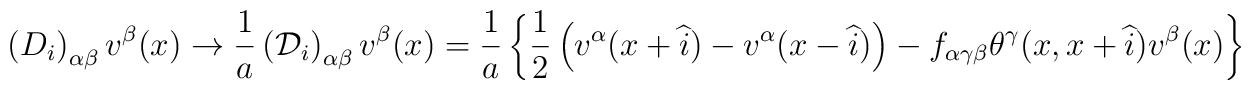
\left( D_i\right) _{\alpha \beta }v^\beta (x)\rightarrow \frac1a\left( {\cal D}_i\right) _{\alpha \beta }v^\beta (x)=\frac 1a\left\{ \frac12\left( v^\alpha (x+\widehat{i})-v^\alpha (x-\widehat{i})\right) -f_{\alpha\gamma \beta }\theta ^\gamma (x,x+\widehat{i})v^\beta (x)\right\}